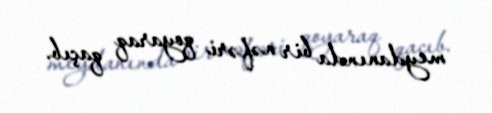
meydanında bir nəfəri qoyaraq qaçıb.